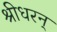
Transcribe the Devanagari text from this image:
श्रीधरन्